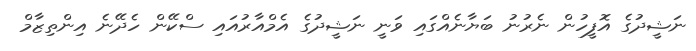
ނަޝީދުގެ އޮފީހުން ނެރުނު ބަޔާނެއްގައި ވަނީ ނަޝީދުގެ އެމްއާރުއައި ސްކޭން ހެދޭނެ އިންތިޒާމް